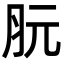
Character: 䏓